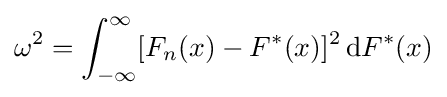
\omega ^{2}=\int _{-\infty }^{\infty }[F_{n}(x)-F^{*}(x)]^{2}\,\mathrm {d} F^{*}(x)